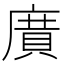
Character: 𭙯